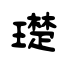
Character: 璴